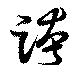
跨